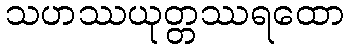
သဟဿယုတ္တဿရထော